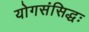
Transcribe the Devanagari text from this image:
योगसंसिद्धः